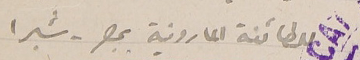
للطائفة المارونية بمصر - شبرا